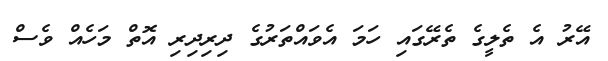
އޭރު އެ ތެލީގެ ތެރޭގައި ހަމަ އެވައްތަރުގެ ދިރިދިރި އޮތް މަހެއް ވެސް